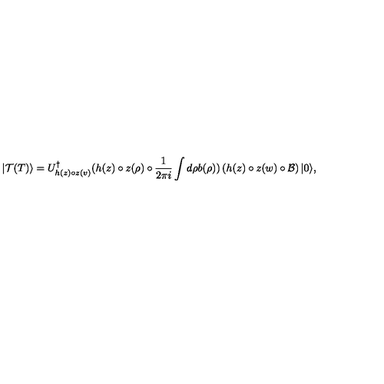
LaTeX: | \mathcal { T } ( T ) \rangle = U _ { h ( z ) \circ z ( v ) } ^ { \dagger } ( h ( z ) \circ z ( \rho ) \circ \frac { 1 } { 2 \pi i } \int d \rho b ( \rho ) ) \left( h ( z ) \circ z ( w ) \circ \mathcal { B } \right) | 0 \rangle ,